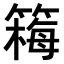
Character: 𫂚